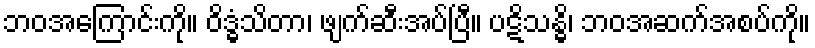
ဘဝအကြောင်းကို။ ဝိဒ္ဓံသိတာ၊ ဖျက်ဆီးအပ်ပြီ။ ပဋိသန္ဓိ၊ ဘဝအဆက်အစပ်ကို။